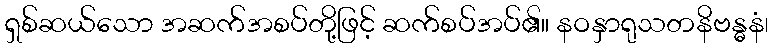
ရှစ်ဆယ်သော အဆက်အစပ်တို့ဖြင့် ဆက်စပ်အပ်၏။ နဝနှာရုသတနိဗန္ဓနံ၊